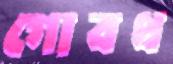
গোবধ